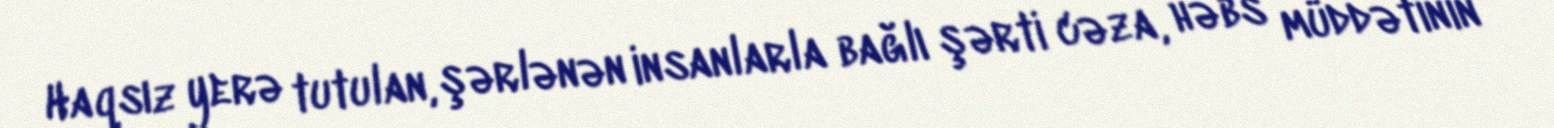
Haqsız yerə tutulan, şərlənən insanlarla bağlı şərti cəza, həbs müddətinin